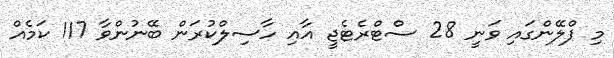
މި ޕްލޭންގައި ވަނީ 28 ސްޓްރެޓެޖީ އާއި ހާސިލްކުރަން ބޭނުންވާ 117 ކަމެއް